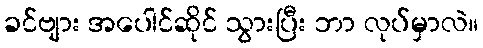
ခင်ဗျား အပေါင်ဆိုင် သွားပြီး ဘာ လုပ်မှာလဲ။